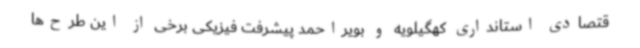
قتصادی استانداری کهگیلویه و بویراحمد پیشرفت فیزیکی برخی از این طرح‌ها